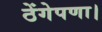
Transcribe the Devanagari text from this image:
ठेंगेपणा।